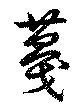
蔑